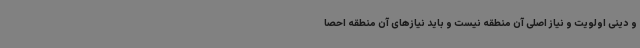
و دینی اولویت و نیاز اصلی آن منطقه نیست و باید نیازهای آن منطقه احصا